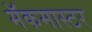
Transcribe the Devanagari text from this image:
मॅकमास्टर